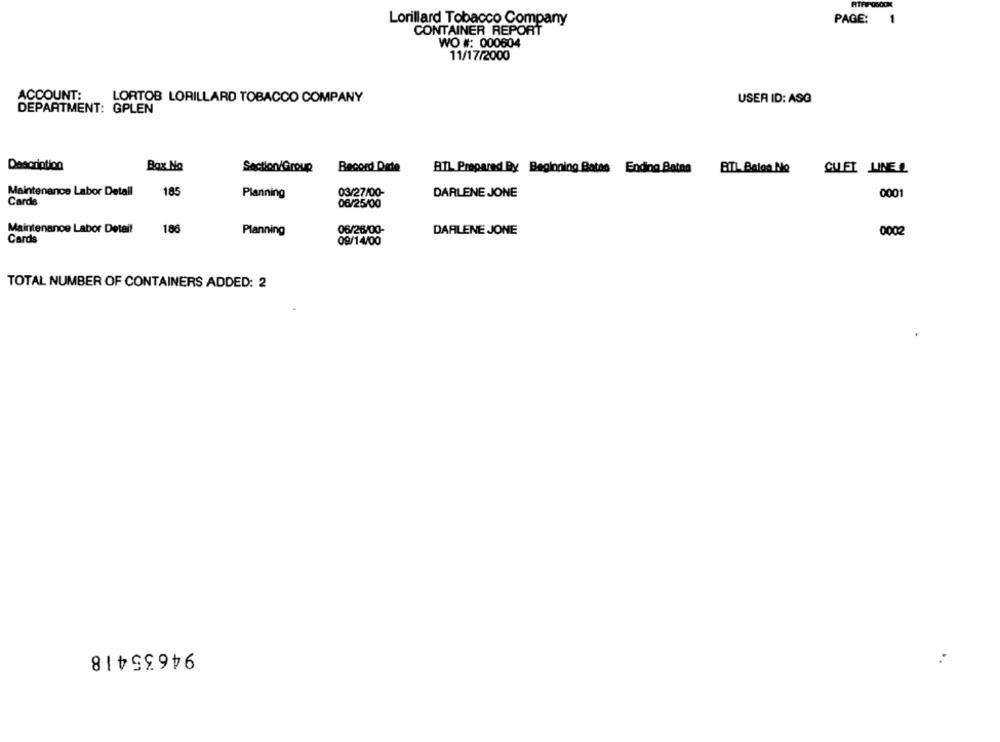
Lorillard Tobacco Company
PAGE:
1
CONTAINER REPORT
WO #: 000604
11/17/2000
ACCOUNT:
LORTOB LORILLARD TOBACCO COMPANY
USER ID: ASG
DEPARTMENT: GPLEN
Description
Bax No
Section/Group
Record Date
BTL Prepared By Beginning Botas Ending Batna
GUET LINE
Maintenance Labor Detall
185
0001
Planning
03/27/00-
DARLENE JONE
Cards
06/25/00
Maintenance Labor Detall
186
06/26/00-
DARLENE JONE
0002
Planning
Cards
09/14/00
TOTAL NUMBER OF CONTAINERS ADDED: 2
94635418